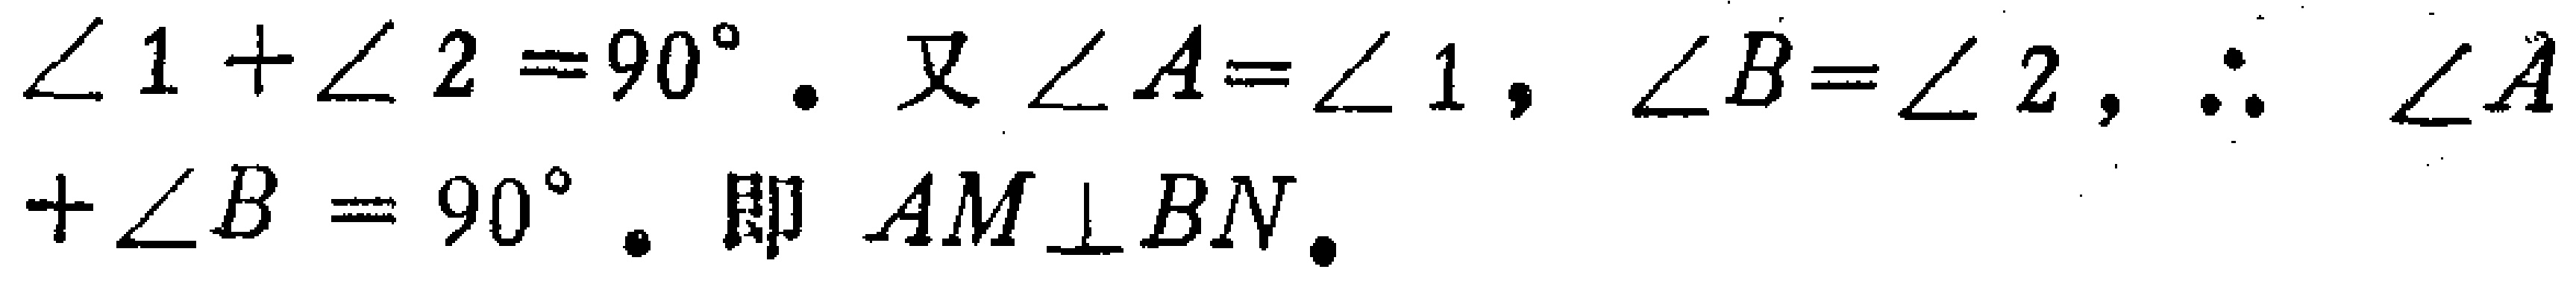
$\angle 1+\angle 2 = 90^{\circ}$. 又$\angle A=\angle 1$, $\angle B=\angle 2$, $\therefore \angle A+\angle B = 90^{\circ}$. 即 $AM\perp BN$.